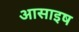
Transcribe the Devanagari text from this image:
आसाइष